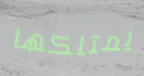
يمتلكها